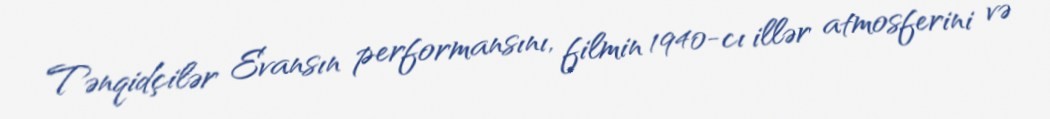
Tənqidçilər Evansın performansını, filmin 1940-cı illər atmosferini və